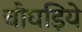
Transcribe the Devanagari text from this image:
चौघड़िये